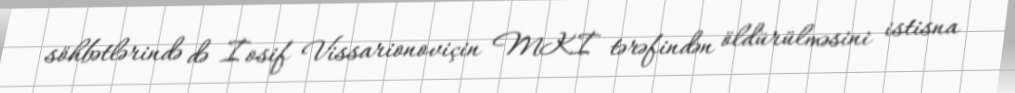
söhbətlərində də İosif Vissarionoviçin MKİ tərəfindən öldürülməsini istisna